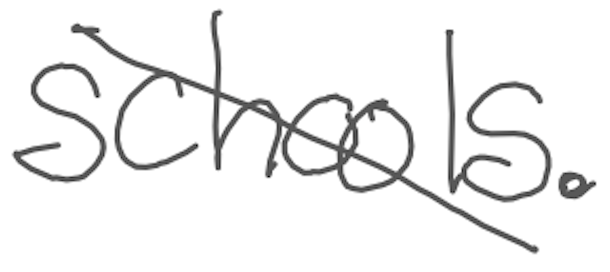
Text: Schools.
Cross-out: mix
Writing tool: digital_gray